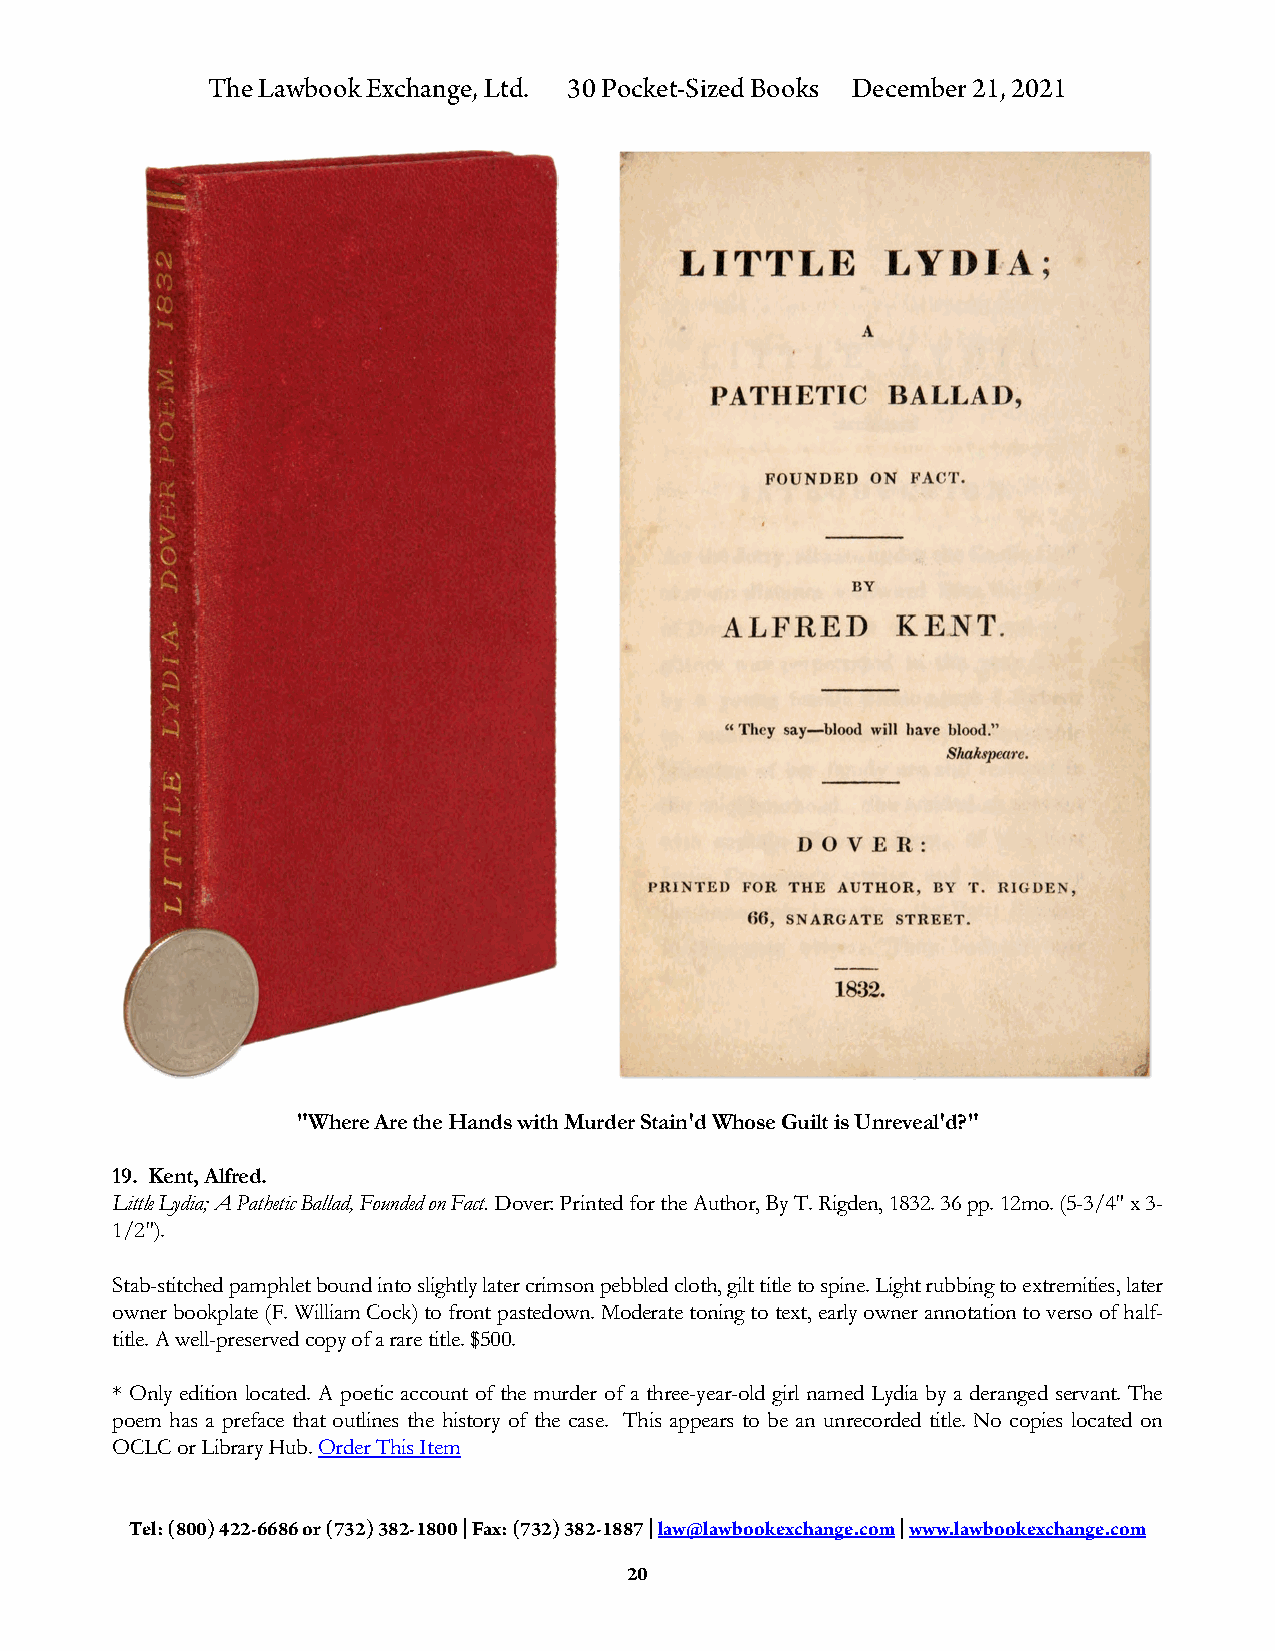
The Lawbook Exchange, Ltd. 30 Pocket-Sized Books December 21, 2021
 "Where Are the Hands with Murder Stain'd Whose Guilt is Unreveal'd?"
 19. Kent, Alfred.
 Little Lydia; A Pathetic Ballad, Founded on Fact. Dover: Printed for the Author, By T. Rigden, 1832. 36 pp. 12mo. (5-3/4" x 3-
 1/2").
 Stab-stitched pamphlet bound into slightly later crimson pebbled cloth, gilt title to spine. Light rubbing to extremities, later
 owner bookplate (F. William Cock) to front pastedown. Moderate toning to text, early owner annotation to verso of half-
 title. A well-preserved copy of a rare title. $500.
 * Only edition located. A poetic account of the murder of a three-year-old girl named Lydia by a deranged servant. The
 poem has a preface that outlines the history of the case. This appears to be an unrecorded title. No copies located on
 OCLC or Library Hub. Order This Item
 Tel: (800) 422-6686 or (732) 382-1800 | Fax: (732) 382-1887 | law@lawbookexchange.com | www.lawbookexchange.com
 20